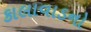
કાલાવાડનો